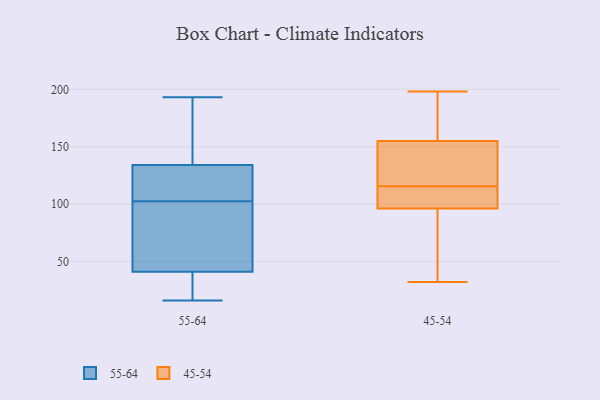
{"axis": {"x": "Production Output", "y": "Value"}, "legend": ["45-54", "55-64"], "data": [{"x": "", "y": 100, "type": "55-64"}, {"x": "", "y": 49, "type": "55-64"}, {"x": "", "y": 134, "type": "55-64"}, {"x": "", "y": 48, "type": "55-64"}, {"x": "", "y": 25, "type": "55-64"}, {"x": "", "y": 119, "type": "55-64"}, {"x": "", "y": 117, "type": "55-64"}, {"x": "", "y": 88, "type": "55-64"}, {"x": "", "y": 105, "type": "55-64"}, {"x": "", "y": 16, "type": "55-64"}, {"x": "", "y": 41, "type": "55-64"}, {"x": "", "y": 21, "type": "55-64"}, {"x": "", "y": 34, "type": "55-64"}, {"x": "", "y": 171, "type": "55-64"}, {"x": "", "y": 193, "type": "55-64"}, {"x": "", "y": 176, "type": "55-64"}, {"x": "", "y": 105, "type": "55-64"}, {"x": "", "y": 183, "type": "55-64"}, {"x": "", "y": 153, "type": "45-54"}, {"x": "", "y": 155, "type": "45-54"}, {"x": "", "y": 118, "type": "45-54"}, {"x": "", "y": 83, "type": "45-54"}, {"x": "", "y": 96, "type": "45-54"}, {"x": "", "y": 32, "type": "45-54"}, {"x": "", "y": 105, "type": "45-54"}, {"x": "", "y": 187, "type": "45-54"}, {"x": "", "y": 188, "type": "45-54"}, {"x": "", "y": 100, "type": "45-54"}, {"x": "", "y": 113, "type": "45-54"}, {"x": "", "y": 198, "type": "45-54"}, {"x": "", "y": 149, "type": "45-54"}, {"x": "", "y": 82, "type": "45-54"}]}